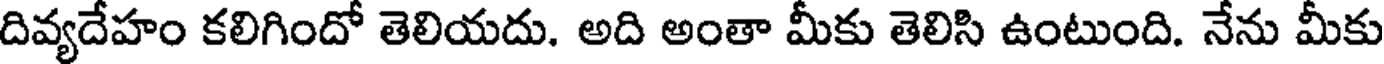
దివ్యదేహం కలిగిందో తెలియదు. అది అంతా మీకు తెలిసి ఉంటుంది. నేను మీకు